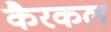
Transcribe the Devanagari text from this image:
कैरकल